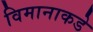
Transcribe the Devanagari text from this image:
विमानाकडे